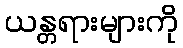
ယန္တရားများကို